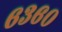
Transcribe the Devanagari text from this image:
६३६०